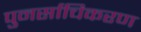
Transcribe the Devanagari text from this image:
पुनर्साचिकरण